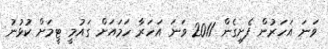
ވަނަ އަހަރުން ފެށިގެން 2011 ވަނަ އަހަރާ ހަމައަށް ގައުމީ ޓީމަށް ކުޅުނު